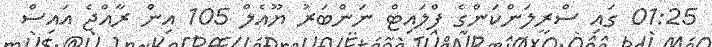
01:25 ގައި ސްރީލަންކަންގެ ފްލައިޓް ނަންބަރު ޔޫއެލް 105 އިން ރާއްޖެ އައިސް